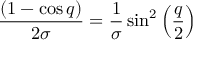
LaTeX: \frac { ( 1 - \cos q ) } { 2 \sigma } = \frac { 1 } { \sigma } \sin ^ { 2 } \left( \frac { q } { 2 } \right)